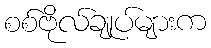
စစ်ဗိုလ်ချုပ်များက